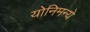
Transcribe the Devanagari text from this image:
योनिमन्ये